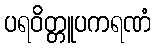
ပရဝိတ္တူပကရဏံ